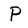
Character: P